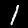
Label: 1